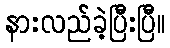
နားလည်ခဲ့ပြီးပြီ။